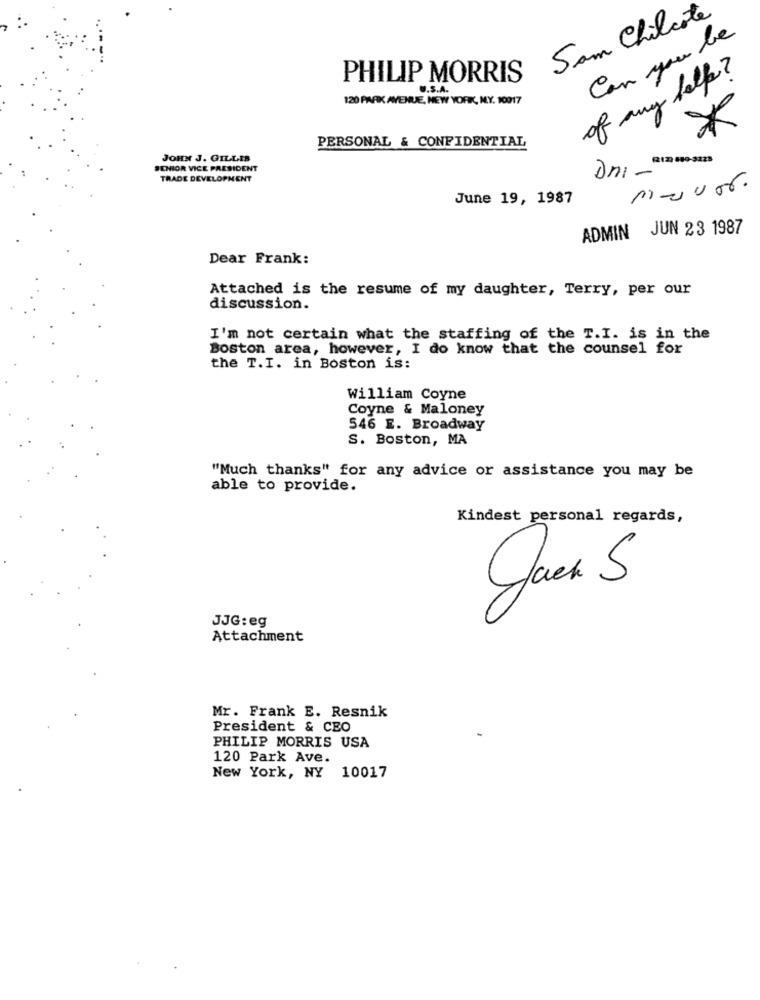
Sam Chilcote
Can you be
of any help ?
PHILIP MORRIS
U.S.A.
120 PARK AVENUE, NEW YORK, M.Y. 10017
PERSONAL & CONFIDENTIAL
JOHN J. GILLIS
123 880-3228
SENIOR VICE PRESIDENT
Dni -
TRADE DEVELOPMENT
Mavor.
June 19, 1987
ADMIN JUN 23 1987
Dear Frank:
Attached is the resume of my daughter, Terry, per our
discussion.
I'm not certain what the staffing of the T.I. is in the
Boston area, however, I do know that the counsel for
the T.I. in Boston is:
William Coyne
Coyne & Maloney
546 E. Broadway
S. Boston, MA
"Much thanks" for any advice or assistance you may be
able to provide.
Kindest personal regards,
JJG: eg
Attachment
Mr. Frank E. Resnik
President & CEO
PHILIP MORRIS USA
120 Park Ave.
New York, NY 10017